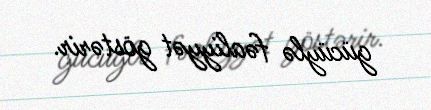
gücüylə fəaliyyət göstərir.